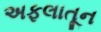
અફલાતૂન